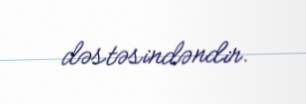
dəstəsindəndir.